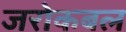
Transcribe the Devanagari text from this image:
जरोकबल